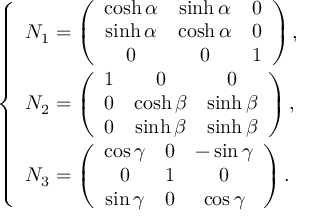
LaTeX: \left\{ \begin{array} { l } { { N _ { 1 } = \left( \begin{array} { c c c } { { \cosh \alpha } } & { { \sinh \alpha } } & { { 0 } } \\ { { \sinh \alpha } } & { { \cosh \alpha } } & { { 0 } } \\ { { 0 } } & { { 0 } } & { { 1 } } \end{array} \right) , } } \\ { { N _ { 2 } = \left( \begin{array} { c c c } { { 1 } } & { { 0 } } & { { 0 } } \\ { { 0 } } & { { \cosh \beta } } & { { \sinh \beta } } \\ { { 0 } } & { { \sinh \beta } } & { { \sinh \beta } } \end{array} \right) , } } \\ { { N _ { 3 } = \left( \begin{array} { c c c } { { \cos \gamma } } & { { 0 } } & { { - \sin \gamma } } \\ { { 0 } } & { { 1 } } & { { 0 } } \\ { { \sin \gamma } } & { { 0 } } & { { \cos \gamma } } \end{array} \right) . } } \end{array} \right.